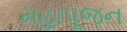
મહાપૂજન